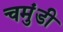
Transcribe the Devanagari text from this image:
चमुंडी